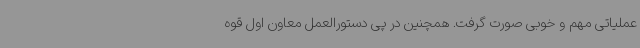
عملیاتی مهم و خوبی صورت گرفت. همچنین در پی دستورالعمل معاون اول قوه